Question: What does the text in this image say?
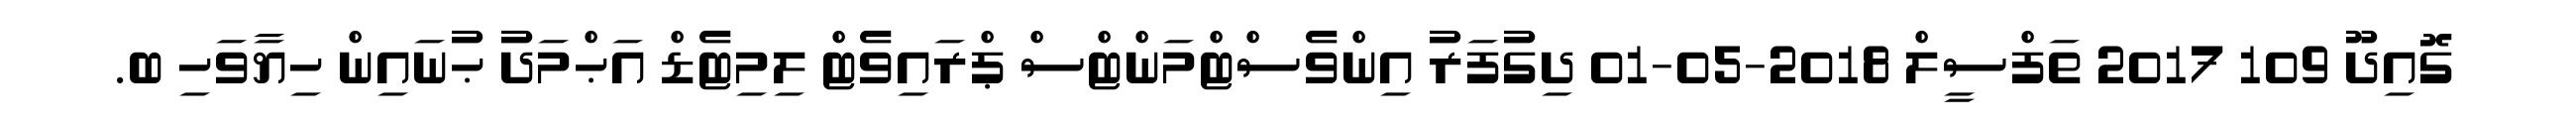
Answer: ގޮއިދޫ 109 2017 ތަފްސީލް 2018-05-01 ދިގުފަރު އިންވެސްޓްމަންޓްސް ޕްރައިވެޓް ލިމިޓެޑް އަޙްމަދު ޙުނައިން ހިޔާވަހި ބ.